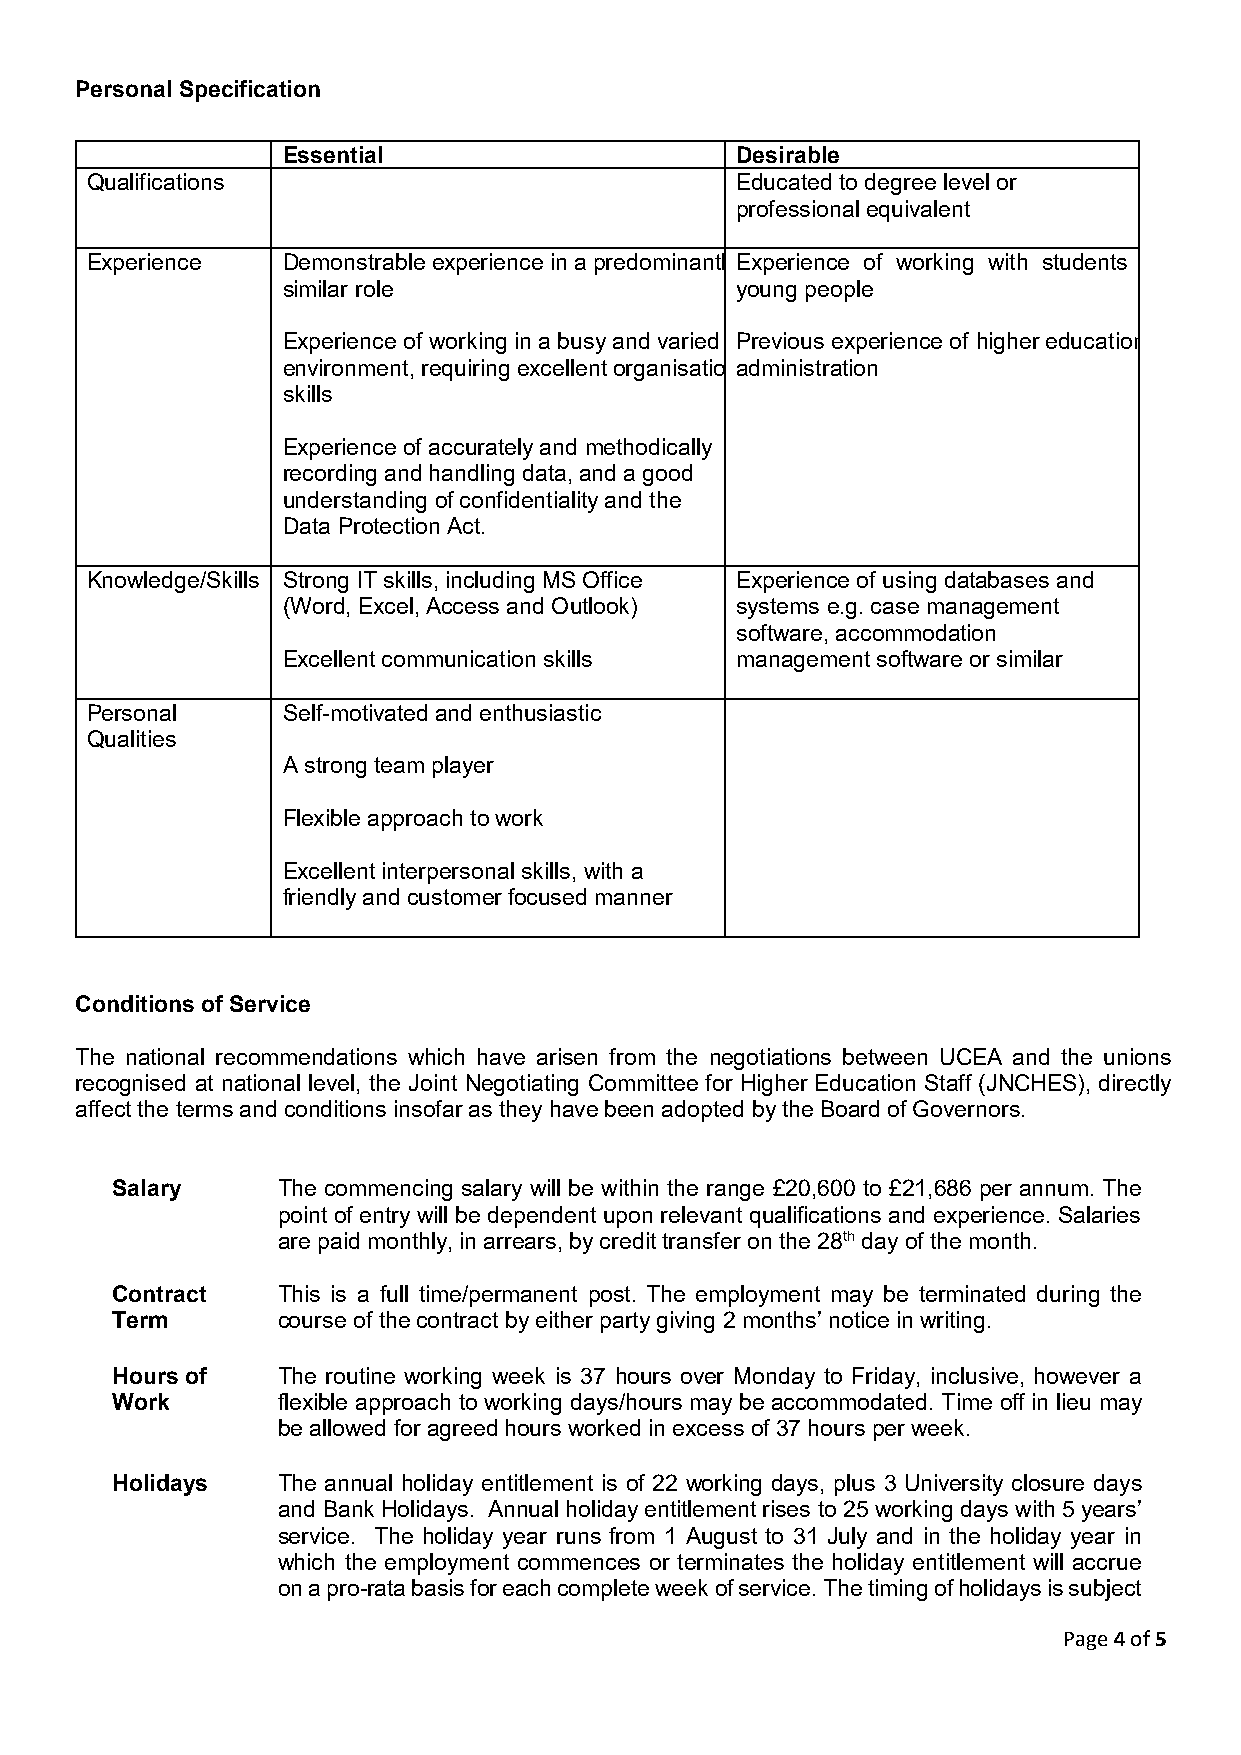
Personal Specification
 Essential                     Desirable
 Qualifications                             Educated to degree level or
 professional equivalent
 Experience   Demonstrable experience in a predominantlyE xperience of working with students or
 similar role                  young people
 Experience of working in a busy and varied Previous experience of higher education
 environment, requiring excellent organisationa dministration
 skills
 Experience of accurately and methodically
 recording and handling data, and a good
 understanding of confidentiality and the
 Data Protection Act.
 Knowledge/Skills Strong IT skills, including MS Office Experience of using databases and
 (Word, Excel, Access and Outlook) systems e.g. case management
 software, accommodation
 Excellent communication skills management software or similar
 Personal     Self-motivated and enthusiastic
 Qualities
 A strong team player
 Flexible approach to work
 Excellent interpersonal skills, with a
 friendly and customer focused manner
 Conditions of Service
 The national recommendations which have arisen from the negotiations between UCEA and the unions
 recognised at national level, the Joint Negotiating Committee for Higher Education Staff (JNCHES), directly
 affect the terms and conditions insofar as they have been adopted by the Board of Governors.
 Salary     The commencing salary will be within the range £20,600 to £21,686 per annum. The
 point of entry will be dependent upon relevant qualifications and experience. Salaries
 are paid monthly, in arrears, by credit transfer on the 28th day of the month.
 Contract   This is a full time/permanent post. The employment may be terminated during the
 Term       course of the contract by either party giving 2 months’ notice in writing.
 Hours of   The routine working week is 37 hours over Monday to Friday, inclusive, however a
 Work       flexible approach to working days/hours may be accommodated. Time off in lieu may
 be allowed for agreed hours worked in excess of 37 hours per week.
 Holidays   The annual holiday entitlement is of 22 working days, plus 3 University closure days
 and Bank Holidays. Annual holiday entitlement rises to 25 working days with 5 years’
 service. The holiday year runs from 1 August to 31 July and in the holiday year in
 which the employment commences or terminates the holiday entitlement will accrue
 on a pro-rata basis for each complete week of service. The timing of holidays is subject
 Page 4 of 5